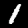
Label: 1